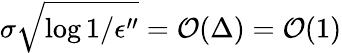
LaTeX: \sigma\sqrt{\log{1/\epsilon^{\prime\prime}}}=\mathcal{O}(\Delta)=\mathcal{O}(1)